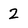
Character: 2